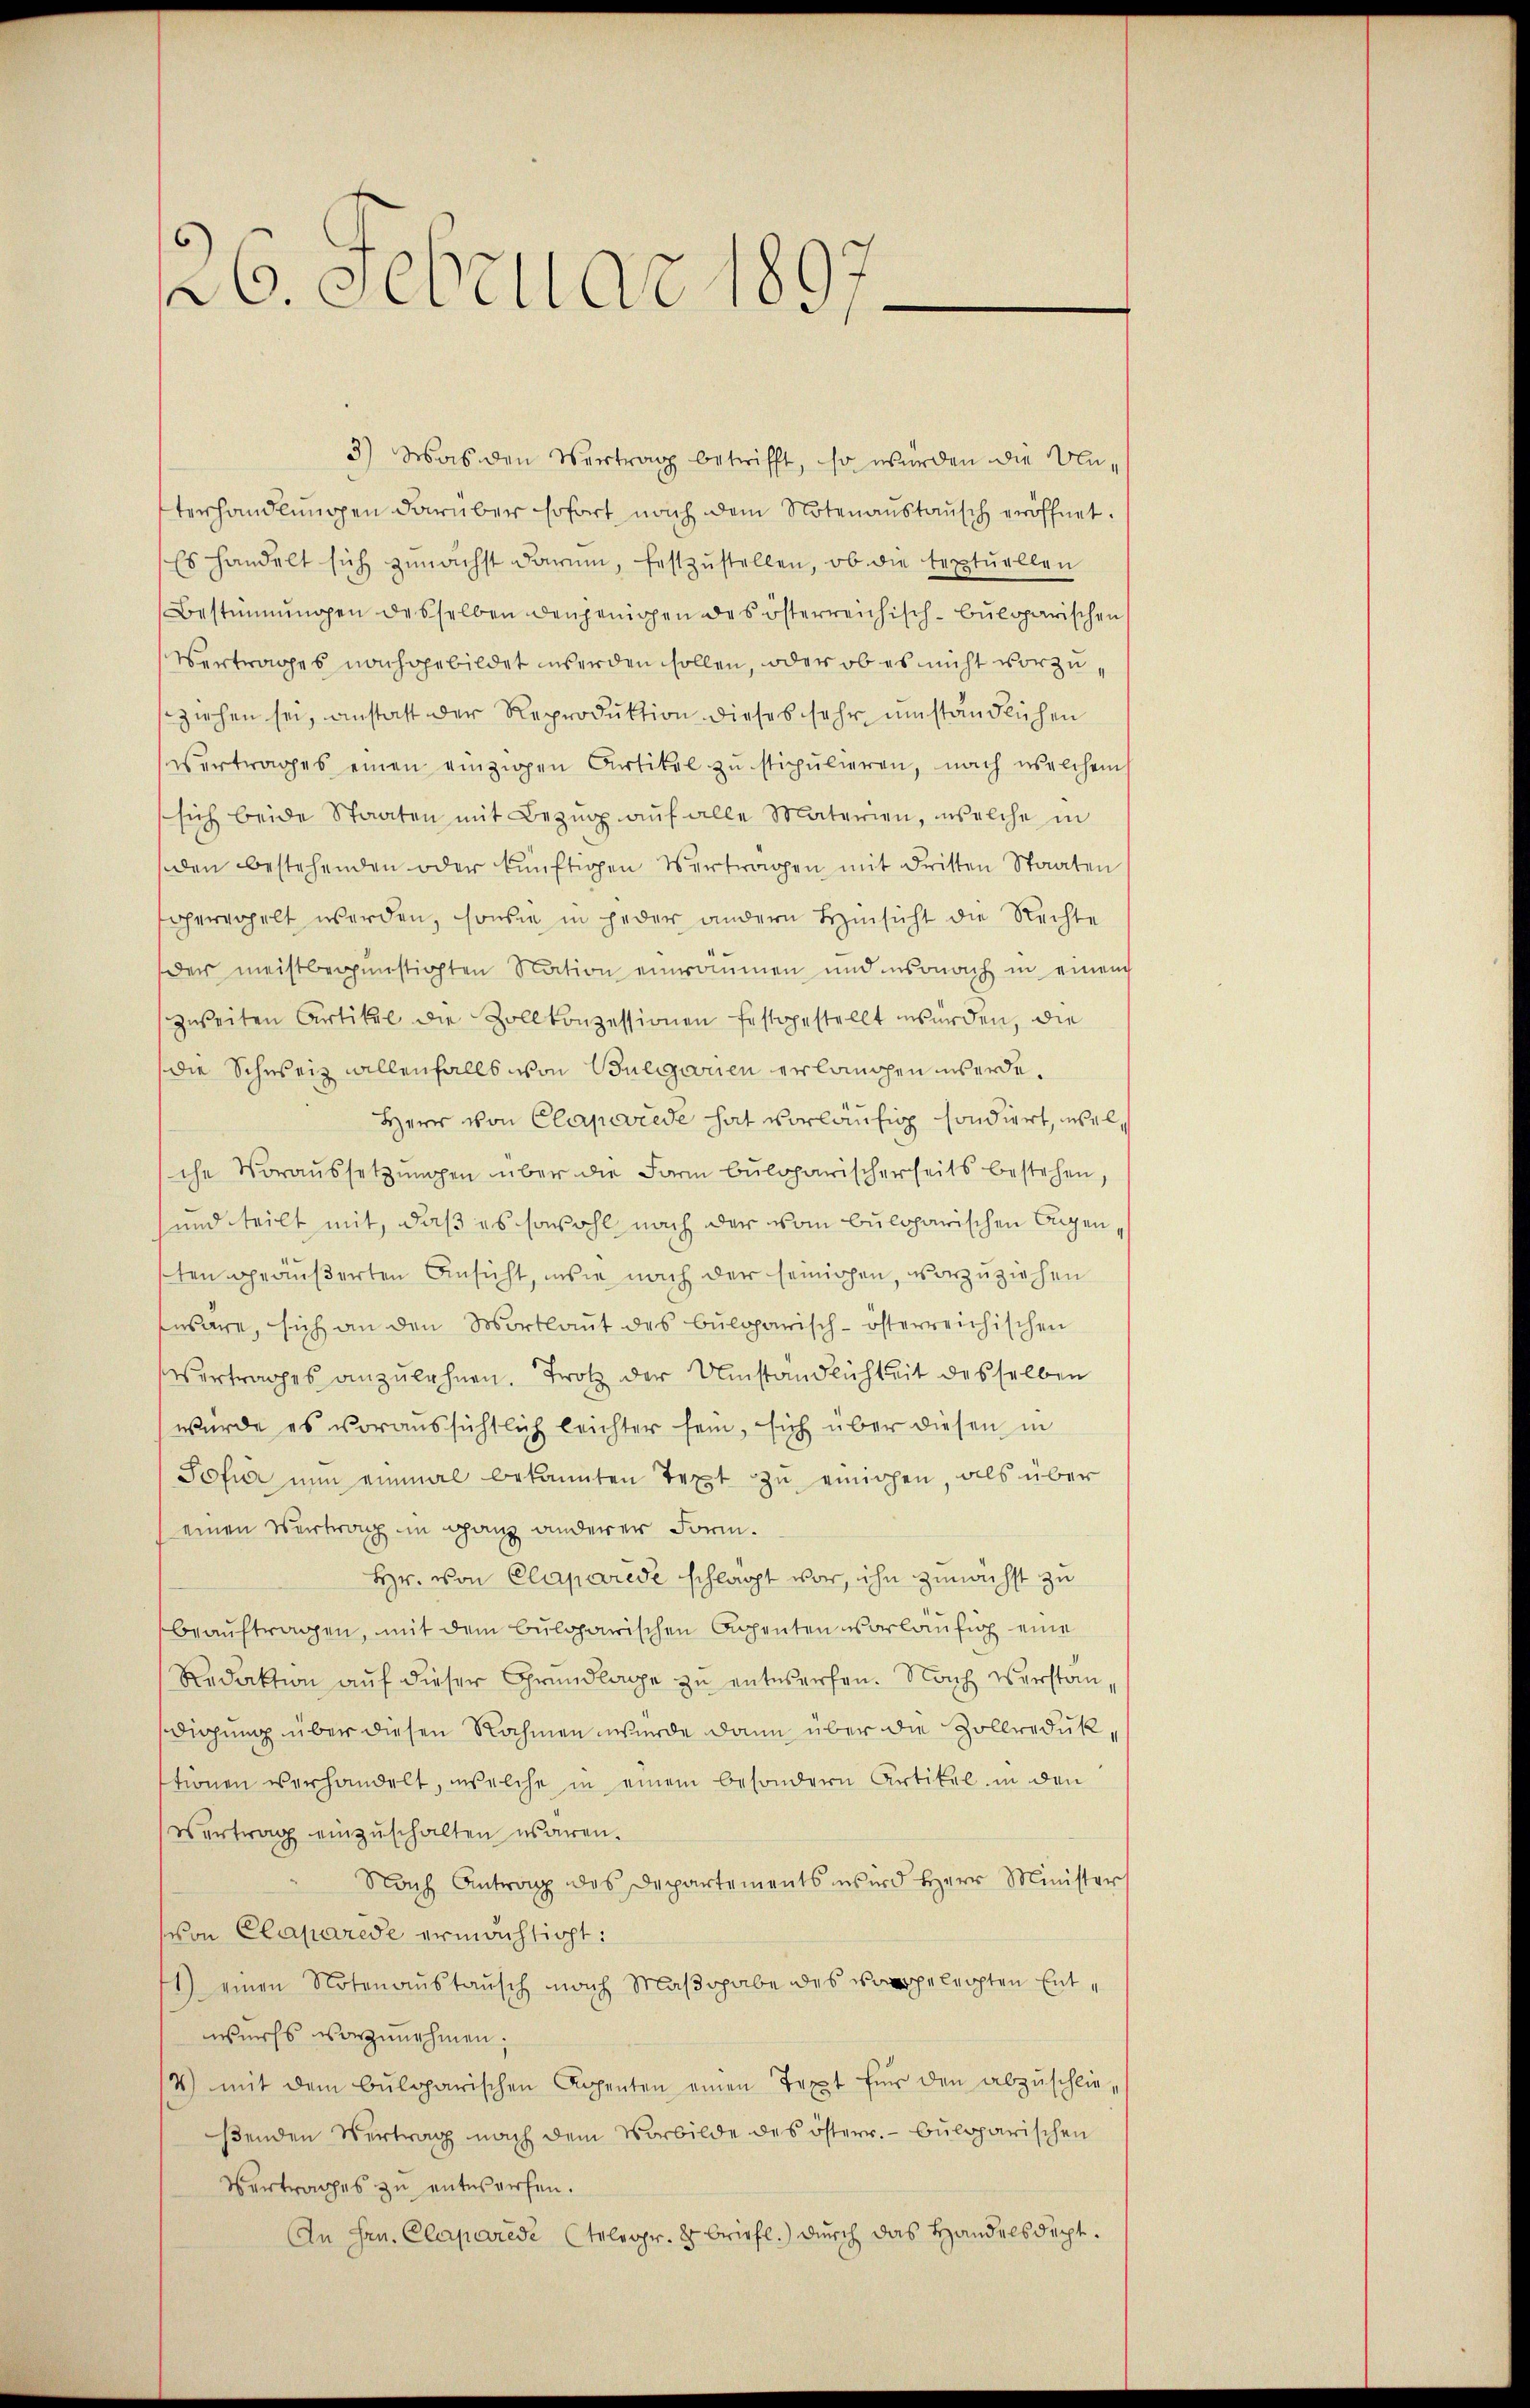
26. Februar 1897

3) Was den Vertrag betrifft, so würden die Unterhandlŭngen darüber sofort, nach dem Notenaŭstaŭsch eröffnet.
Es handelt sich zunächst darum, festzŭstellen, ob die textuellen
Bestimmungen desselben denjenigen des österreichisch-bŭlgarischen
Vertrages nachgebildet werden sollen, oder ob es nicht vorzu
ziehen sei, anstatt der Reproduktion dieses sehr umständlichen
vertrages einen einzigen Artikel zu stipulieren, nach welchem
sich beide Staaten mit Bezŭg aŭf alle Materien, welche in
den bestehenden oder künftigen Vertragen mit dritten Staaten
geregelt werden, sowie in jeder andern Hinsicht die Rechte
der meistbegünstigten Nation einrommen und insonach in einem
zweiten Artikel die Zollkonzessionen festgestellt wurden, die
die Schweiz willenfalls von Bulgarien erlangen werde.
Herr von Claperede hat vorläufig sondiert, welsche Voraussetzungen über die Form bulgarischerseits bestehen,
und teilt mit, daß es sowohl nach der vom buloparischen Augen,
sten geäußerten Ansicht, wie nach der Gewichen, vorzuziehen
enare, sich an den Mortlaut des bulgarisch-österreichischen
Vertrages anzulehnen. Trotz der Umständlichkeit desselben
würde es voraussichtlich leichter sein, sich über diesen in
Pofur nun einmal bekannten Text zu einigen, als über
(einen Vertrag im ganz anderer Form.
Hr. von Claparede schlägt vor, ihn zunächst zu
beauftragen, mit dem bulgarischen Apenten vorläufig eine
Redaktion auf dieser Grundlage zu entwerfen. Nach verstandigung über diesen Nahmen wurde dann über die Zollredükstionen verhandelt, welche in einem besondern Artikel in den
vertrag einzuschalten waren.
Nach Antrag des Departements wird Herr Minister
von Claparise ermächtigt:
1) einen Notenaustausch nach Maβgabe des geleichten Entwurfs vorzunehmen,
14) mit dem bulgarischen Appenten einen Text für den abzuschließenden Vertrag nach dem Vorbilde des österr. - bulgarischen
Vertrages zu entworfen.
An Hrn. Claparede (Telegr. 2 briefl.) durch das Handelsdept.